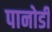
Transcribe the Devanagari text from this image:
पानोडी